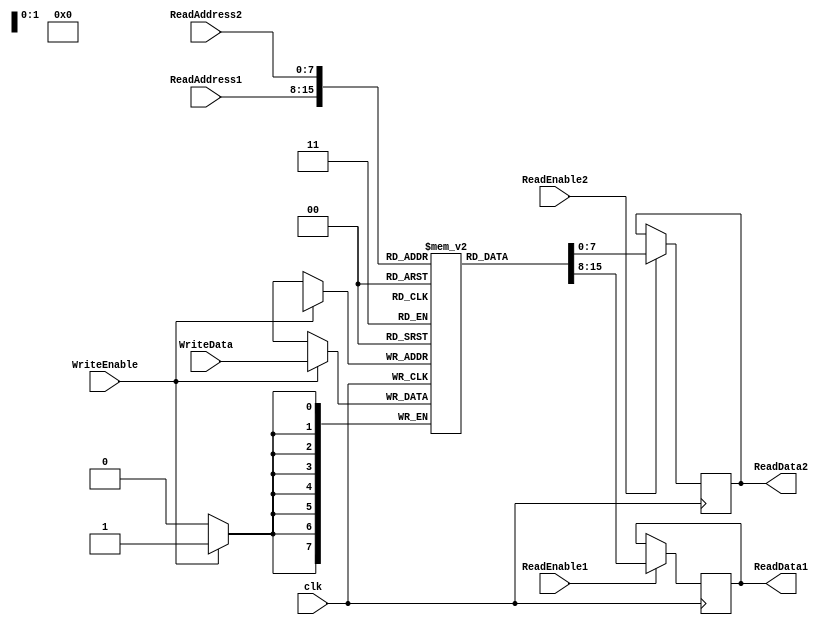
module RegisterFile(
    input wire clk,
    input wire [7:0] WriteData,
    input wire [7:0] ReadAddress1,
    input wire [7:0] ReadAddress2,
    input wire ReadEnable1,
    input wire ReadEnable2,
    input wire WriteEnable,
    output reg [7:0] ReadData1,
    output reg [7:0] ReadData2
);

reg [7:0] memory [0:255]; // Memory block with 256 shadow registers

always @(posedge clk) begin
    if (WriteEnable) begin // Write operation
        memory[WriteAddress] <= WriteData;
    end
    if (ReadEnable1) begin // Read operation for port 1
        ReadData1 <= memory[ReadAddress1];
    end
    if (ReadEnable2) begin // Read operation for port 2
        ReadData2 <= memory[ReadAddress2];
    end
end

endmodule